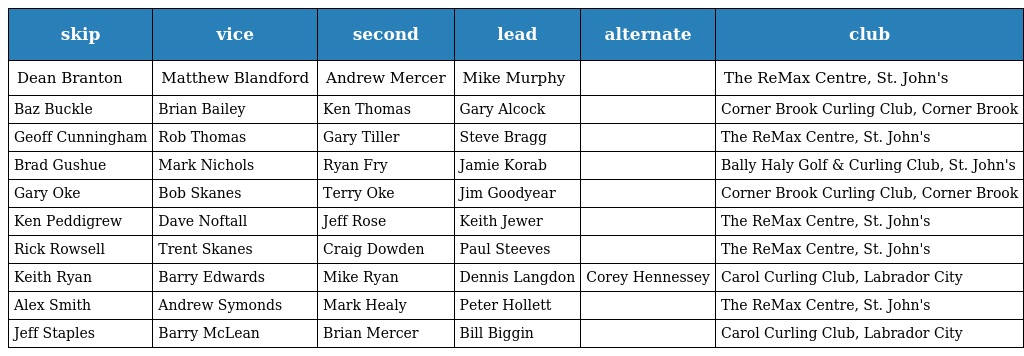
| skip | vice | second | lead | alternate | club |
 | --- | --- | --- | --- | --- | --- |
 | Dean Branton | Matthew Blandford | Andrew Mercer | Mike Murphy |  | The ReMax Centre, St. John's |
 | Baz Buckle | Brian Bailey | Ken Thomas | Gary Alcock |  | Corner Brook Curling Club, Corner Brook |
 | Geoff Cunningham | Rob Thomas | Gary Tiller | Steve Bragg |  | The ReMax Centre, St. John's |
 | Brad Gushue | Mark Nichols | Ryan Fry | Jamie Korab |  | Bally Haly Golf & Curling Club, St. John's |
 | Gary Oke | Bob Skanes | Terry Oke | Jim Goodyear |  | Corner Brook Curling Club, Corner Brook |
 | Ken Peddigrew | Dave Noftall | Jeff Rose | Keith Jewer |  | The ReMax Centre, St. John's |
 | Rick Rowsell | Trent Skanes | Craig Dowden | Paul Steeves |  | The ReMax Centre, St. John's |
 | Keith Ryan | Barry Edwards | Mike Ryan | Dennis Langdon | Corey Hennessey | Carol Curling Club, Labrador City |
 | Alex Smith | Andrew Symonds | Mark Healy | Peter Hollett |  | The ReMax Centre, St. John's |
 | Jeff Staples | Barry McLean | Brian Mercer | Bill Biggin |  | Carol Curling Club, Labrador City |